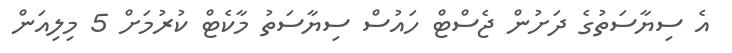
އެ ސިޔާސަތުގެ ދަށުން ޖެސްޓް ހައުސް ސިޔާސަތު މާކެޓް ކުރުމަށް 5 މިލިއަން